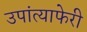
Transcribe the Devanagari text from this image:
उपांत्याफेरी